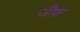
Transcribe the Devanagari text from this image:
जैमा